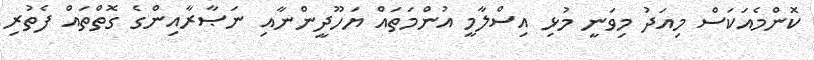
ކޮންމެއަކަސް މިއަދު މިވަނީ މުޅި އިސްލާމީ އުންމަތައް ޔަހޫދީންނާއި ނަޞާރާއިންގެ ގޮތްތައް ފެތުރި